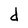
Character: d